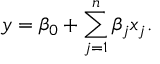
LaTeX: y = \beta _ { 0 } + \sum _ { j = 1 } ^ { n } \beta _ { j } x _ { j } .